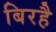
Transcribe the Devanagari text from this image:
बिरहै